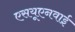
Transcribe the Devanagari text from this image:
एसयूएनवाई